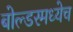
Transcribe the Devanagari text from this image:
बोल्डरमध्येच